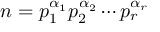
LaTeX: n = p _ { 1 } ^ { \alpha _ { 1 } } p _ { 2 } ^ { \alpha _ { 2 } } \cdots p _ { r } ^ { \alpha _ { r } }